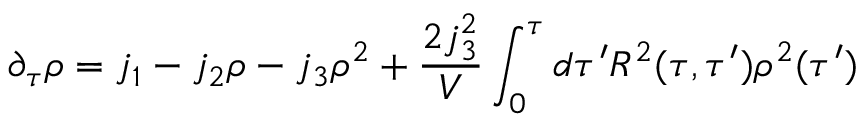
\partial _ { \tau } \rho = j _ { 1 } - j _ { 2 } \rho - j _ { 3 } \rho ^ { 2 } + \frac { 2 j _ { 3 } ^ { 2 } } { V } \int _ { 0 } ^ { \tau } d \tau ^ { \prime } R ^ { 2 } ( \tau , \tau ^ { \prime } ) \rho ^ { 2 } ( \tau ^ { \prime } )